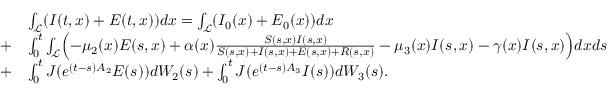
\begin{array} { r l } & { \int _ { \mathcal { L } } ( I ( t , x ) + E ( t , x ) ) d x = \int _ { \mathcal { L } } ( I _ { 0 } ( x ) + E _ { 0 } ( x ) ) d x } \\ { + } & { \int _ { 0 } ^ { t } \int _ { \mathcal { L } } \Bigl ( - \mu _ { 2 } ( x ) E ( s , x ) + \alpha ( x ) \frac { S ( s , x ) I ( s , x ) } { S ( s , x ) + I ( s , x ) + E ( s , x ) + R ( s , x ) } - \mu _ { 3 } ( x ) I ( s , x ) - \gamma ( x ) I ( s , x ) \Bigr ) d x d s } \\ { + } & { \int _ { 0 } ^ { t } J ( e ^ { ( t - s ) A _ { 2 } } E ( s ) ) d W _ { 2 } ( s ) + \int _ { 0 } ^ { t } J ( e ^ { ( t - s ) A _ { 3 } } I ( s ) ) d W _ { 3 } ( s ) . } \end{array}